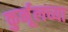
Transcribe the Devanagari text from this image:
कुर्नूलच्या